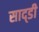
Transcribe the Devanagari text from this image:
साद्डी